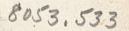
8053, 533